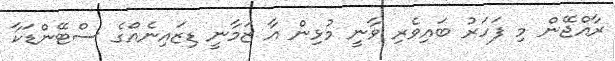
ރާއްޖޭން މި ފަހަރު ބައިވެރި ވާނީ މުޅިން އާ ޒަމާނީ ޑިޒައިނެއްގެ ސްޓޭންޑަކާ